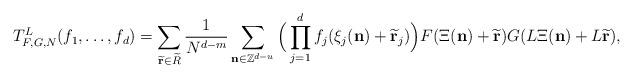
LaTeX: \begin{align*}T_{F,G,N}^L(f_1,\dots,f_d) = \sum\limits_{\widetilde{\mathbf{r}} \in \widetilde{R}}\frac{1}{N^{d-m}} \sum\limits_{\mathbf{n} \in \mathbb{Z}^{d-u}} \Big(\prod\limits_{j=1}^d f_j(\xi_j(\mathbf{n}) + \widetilde{\mathbf{r}}_j) \Big)F(\Xi(\mathbf{n}) + \widetilde{\mathbf{r}}) G(L\Xi(\mathbf{n}) + L\widetilde{\mathbf{r}}),\end{align*}